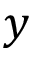
\boldsymbol { y }